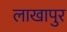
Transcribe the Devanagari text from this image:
लाखापुर